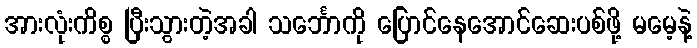
အားလုံးကိစ္စ ပြီးသွားတဲ့အခါ သင်္ဘောကို ပြောင်နေအောင်ဆေးပစ်ဖို့ မမေ့နဲ့